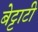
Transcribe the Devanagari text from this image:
बेट्टाटी